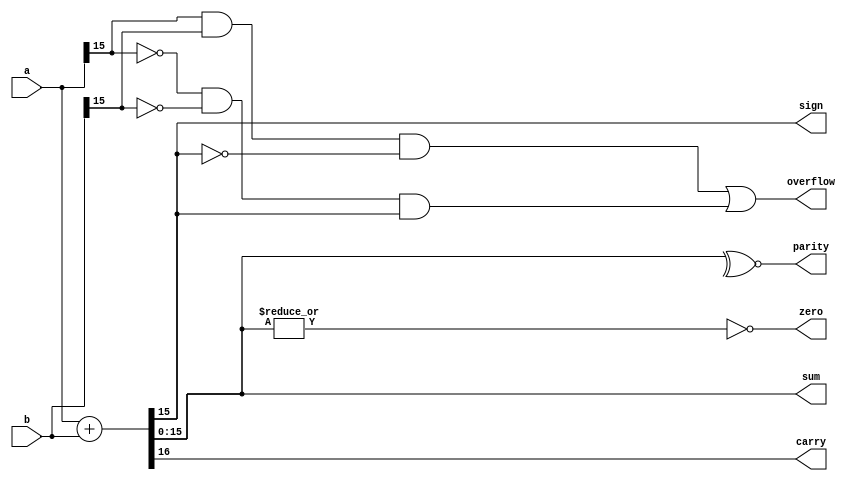
module sixteen_bit_adder(
	input wire [15:0] a,b,
	output wire [15:0] sum,
	output wire sign,carry,parity,overflow,zero
);

assign {carry,sum} = a+b;
assign sign = sum[15];
assign zero = ~|sum;
assign parity = ~^sum;
assign overflow = (a[15] & b[15] & ~sum[15]) | 
					(~a[15] & ~b[15] & sum[15]);
					
endmodule